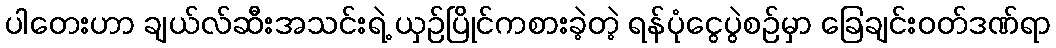
ပါတေးဟာ ချယ်လ်ဆီးအသင်းရဲ့ ယှဉ်ပြိုင်ကစားခဲ့တဲ့ ရန်ပုံငွေပွဲစဉ်မှာ ခြေချင်းဝတ်ဒဏ်ရာ